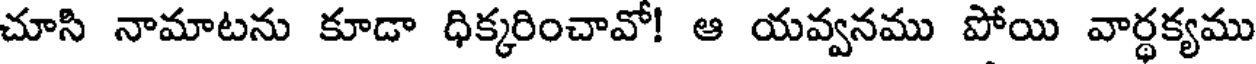
చూసి నామాటను కూడా ధిక్కరించావో! ఆ యవ్వనము పోయి వార్ధక్యము